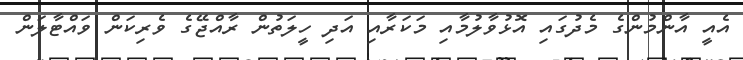
އެއީ އާންމުންގެ މެދުގައި އޮޅުވާލުމާއި މަކަރާއި އަދި ހީލަތުން ރާއްޖޭގެ ވެރިކަން ވައްޓާލަން